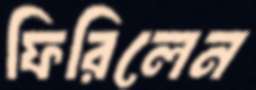
ফিরিলেন